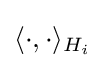
\langle \cdot ,\cdot \rangle _{H_{i}}